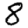
Digit: 8